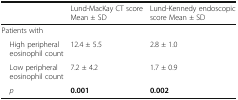
<table><thead><tr><td>[EMPTY_CELL]</td><td><b>Lund-MacKay CT score Mean ± SD</b></td><td><b>Lund-Kennedy endoscopic score Mean ± SD</b></td></tr></thead><tbody><tr><td colspan="3">Patients with</td></tr><tr><td> High peripheral eosinophil count</td><td>12.4 ± 5.5</td><td>2.8 ± 1.0</td></tr><tr><td> Low peripheral eosinophil count</td><td>7.2 ± 4.2</td><td>1.7 ± 0.9</td></tr><tr><td> <i>p</i></td><td><b>0.001</b></td><td><b>0.002</b></td></tr></tbody></table>